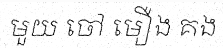
មួយ ចៅ មឿង គង